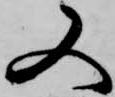
又